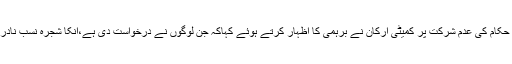
وزرات داخلہ حکام کی عدم شرکت پر کمیٹی ارکان نے برہمی کا اظہار کرتے ہوئے کہاکہ جن لوگوں نے درخواست دی ہے،انکا شجرہ نسب نادرا چیک کرے۔